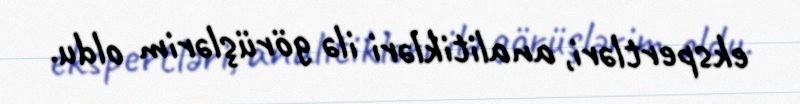
ekspertləri, analitikləri ilə görüşlərim oldu.